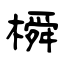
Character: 橓